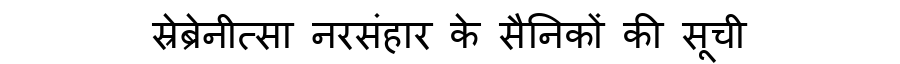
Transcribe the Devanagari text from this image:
स्रेब्रेनीत्सा नरसंहार के सैनिकों की सूची